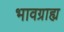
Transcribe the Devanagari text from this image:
भावग्राह्य